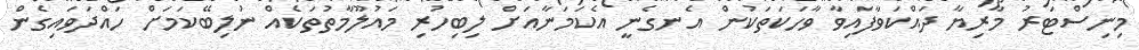
މިނިސްޓަރު މާރިޔާ ދައްކަވާފައިވާ ވާހަކަތަކުން އެނގެނީ އެކަމަނާއަށް ލިބިހުރި މައުލޫމާތުތަކެއް ނުލިބޭކަމަށް ހައްދަވައިގެން